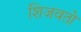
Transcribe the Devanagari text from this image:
शिजवतो